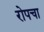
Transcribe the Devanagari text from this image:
रोपचा